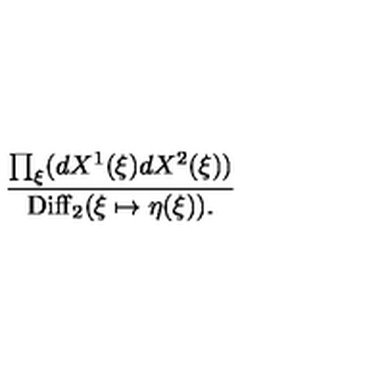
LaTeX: { \frac { \prod _ { \xi } ( d X ^ { 1 } ( \xi ) d X ^ { 2 } ( \xi ) ) } { \mathrm { D i f f } _ { 2 } ( \xi \mapsto \eta ( \xi ) ) . } }